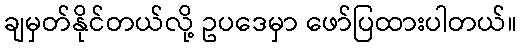
ချမှတ်နိုင်တယ်လို့ ဥပဒေမှာ ဖော်ပြထားပါတယ်။